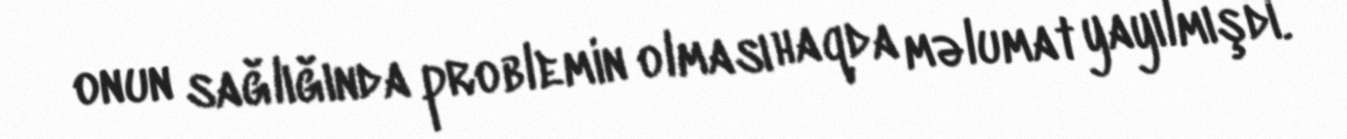
onun sağlığında problemin olması haqda məlumat yayılmışdı.